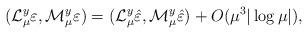
LaTeX: \begin{align*}(\mathcal{L}_\mu^y\varepsilon,\mathcal{M}_\mu^y\varepsilon)=(\mathcal{L}_\mu^y\hat{\varepsilon},\mathcal{M}_\mu^y\hat{\varepsilon})+O(\mu^3|\log\mu|),\end{align*}